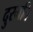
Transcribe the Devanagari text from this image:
दुरमति